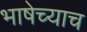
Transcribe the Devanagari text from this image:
भाषेच्याच